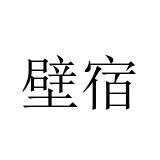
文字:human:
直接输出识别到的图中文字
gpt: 壁宿